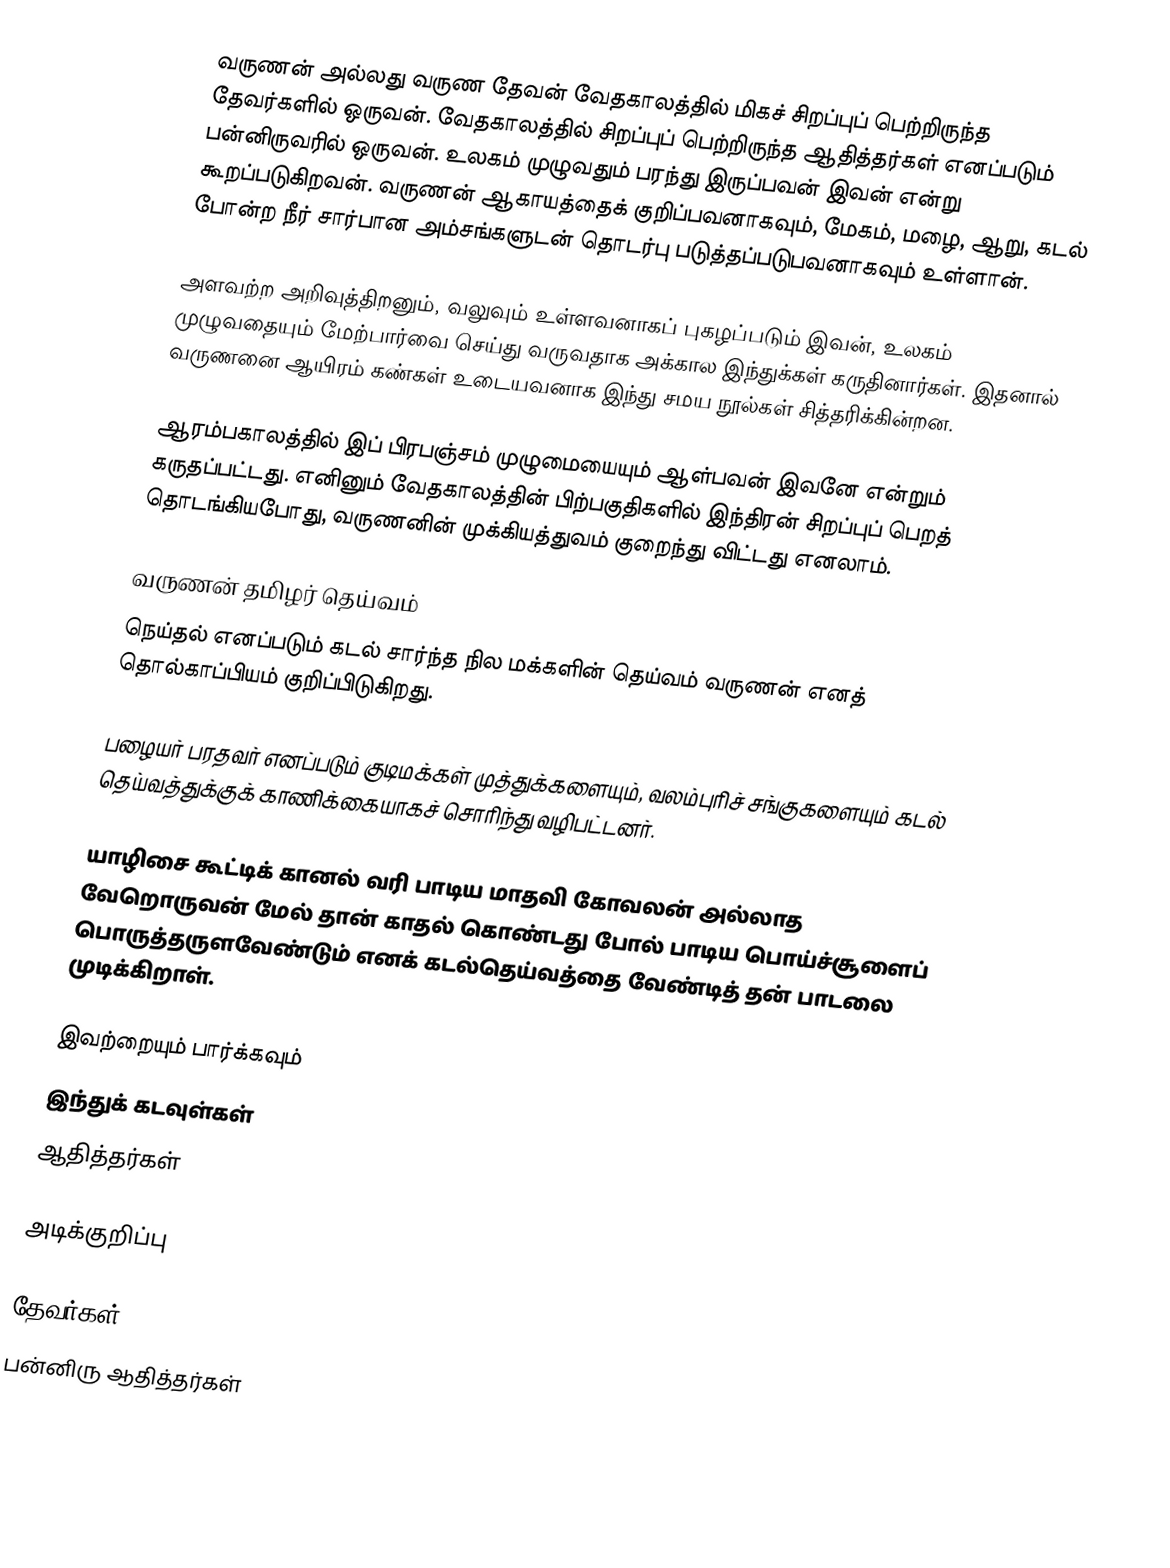
வருணன் அல்லது வருண தேவன் வேதகாலத்தில் மிகச் சிறப்புப் பெற்றிருந்த தேவர்களில் ஒருவன். வேதகாலத்தில் சிறப்புப் பெற்றிருந்த ஆதித்தர்கள் எனப்படும் பன்னிருவரில் ஒருவன். உலகம் முழுவதும் பரந்து இருப்பவன் இவன் என்று கூறப்படுகிறவன். வருணன் ஆகாயத்தைக் குறிப்பவனாகவும், மேகம், மழை, ஆறு, கடல் போன்ற நீர் சார்பான அம்சங்களுடன் தொடர்பு படுத்தப்படுபவனாகவும் உள்ளான்.

அளவற்ற அறிவுத்திறனும், வலுவும் உள்ளவனாகப் புகழப்படும் இவன், உலகம் முழுவதையும் மேற்பார்வை செய்து வருவதாக அக்கால இந்துக்கள் கருதினார்கள். இதனால் வருணனை ஆயிரம் கண்கள் உடையவனாக இந்து சமய நூல்கள் சித்தரிக்கின்றன.

ஆரம்பகாலத்தில் இப் பிரபஞ்சம் முழுமையையும் ஆள்பவன் இவனே என்றும் கருதப்பட்டது. எனினும் வேதகாலத்தின் பிற்பகுதிகளில் இந்திரன் சிறப்புப் பெறத் தொடங்கியபோது, வருணனின் முக்கியத்துவம் குறைந்து விட்டது எனலாம்.

வருணன் தமிழர் தெய்வம்
நெய்தல் எனப்படும் கடல் சார்ந்த நில மக்களின் தெய்வம் வருணன் எனத் தொல்காப்பியம் குறிப்பிடுகிறது.

பழையர் பரதவர் எனப்படும் குடிமக்கள் முத்துக்களையும், வலம்புரிச் சங்குகளையும் கடல் தெய்வத்துக்குக் காணிக்கையாகச் சொரிந்து வழிபட்டனர்.

யாழிசை கூட்டிக் கானல் வரி பாடிய மாதவி கோவலன் அல்லாத வேறொருவன் மேல் தான் காதல் கொண்டது போல் பாடிய பொய்ச்சூளைப் பொருத்தருளவேண்டும் எனக் கடல்தெய்வத்தை வேண்டித் தன் பாடலை முடிக்கிறாள்.

இவற்றையும் பார்க்கவும்
 இந்துக் கடவுள்கள்
 ஆதித்தர்கள்

அடிக்குறிப்பு

தேவர்கள்
பன்னிரு ஆதித்தர்கள்